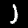
Digit: 1